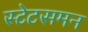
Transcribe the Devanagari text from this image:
स्टेटसमन